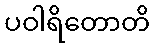
ပဝါရိတောတိ